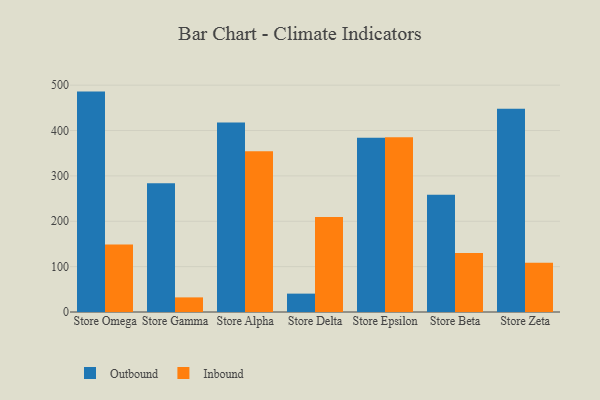
{"axis": {"x": "Store", "y": "Humidity (%)"}, "legend": ["Inbound", "Outbound"], "data": [{"x": "Store Omega", "y": 485.8, "type": "Outbound"}, {"x": "Store Omega", "y": 148.7, "type": "Inbound"}, {"x": "Store Gamma", "y": 283.9, "type": "Outbound"}, {"x": "Store Gamma", "y": 32.2, "type": "Inbound"}, {"x": "Store Alpha", "y": 417.6, "type": "Outbound"}, {"x": "Store Alpha", "y": 354.4, "type": "Inbound"}, {"x": "Store Delta", "y": 40.5, "type": "Outbound"}, {"x": "Store Delta", "y": 209.5, "type": "Inbound"}, {"x": "Store Epsilon", "y": 384.0, "type": "Outbound"}, {"x": "Store Epsilon", "y": 385.1, "type": "Inbound"}, {"x": "Store Beta", "y": 258.3, "type": "Outbound"}, {"x": "Store Beta", "y": 130.2, "type": "Inbound"}, {"x": "Store Zeta", "y": 447.8, "type": "Outbound"}, {"x": "Store Zeta", "y": 108.3, "type": "Inbound"}]}